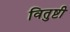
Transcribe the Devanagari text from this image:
वितुष्टी